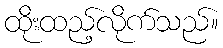
ထိုးထည့်လိုက်သည်။